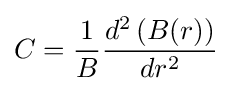
C={\frac {1}{B}}{\frac {d^{2}\left(B(r)\right)}{dr^{2}}}